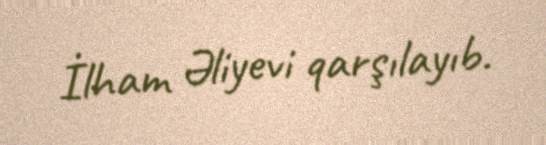
İlham Əliyevi qarşılayıb.